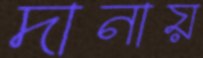
দানায়